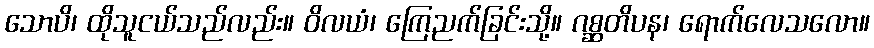
သောပိ၊ ထိုသူငယ်သည်လည်း။ ဝိလယံ၊ ကြေညက်ခြင်းသို့။ ဂစ္ဆတိပန၊ ရောက်လေသလော။